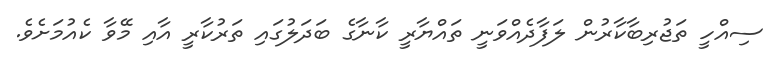
ސިއްހީ ތަޖުރިބާކާރުން ލަފާދެއްވަނީ ތައްޔާރީ ކާނާގެ ބަދަލުގައި ތަރުކާރީ އާއި މޭވާ ކެއުމަށެވެ.